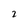
Character: 2